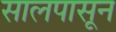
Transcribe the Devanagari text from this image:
सालपासून